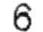
6